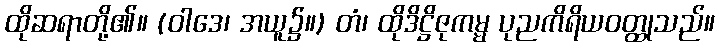
ထိုဆရာတို့၏။ (ဝါဒေ၊ အယူ၌။) တံ၊ ထိုဒိဋ္ဌိဇုကမ္မ ပုညကိရိယဝတ္ထုသည်။